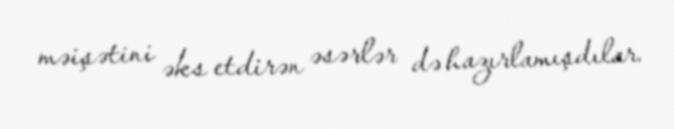
məişətini əks etdirən əsərlər də hazırlamışdılar.